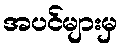
အပင်များမှ